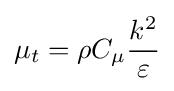
\mu _{t}=\rho C_{\mu }{\frac {k^{2}}{\varepsilon }}